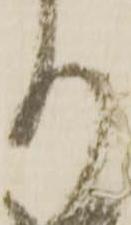
り